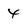
Character: 4